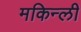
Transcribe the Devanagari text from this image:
मकिन्ली